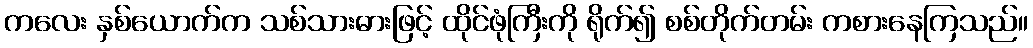
ကလေး နှစ်ယောက်က သစ်သားဓားဖြင့် ထိုင်ဖုံကြီးကို ရိုက်၍ စစ်တိုက်တမ်း ကစားနေကြသည်။